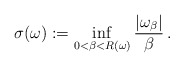
\begin{align*}\sigma(\omega):=\inf_{0<\beta<R(\omega)}\frac{|\omega_\beta|}{\beta}\,.\end{align*}